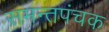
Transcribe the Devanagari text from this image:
समन्तपंचक